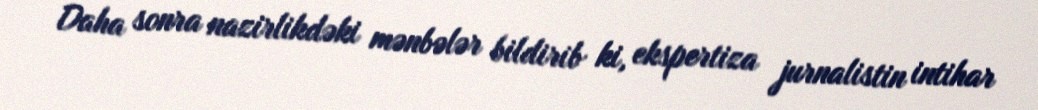
Daha sonra nazirlikdəki mənbələr bildirib ki, ekspertiza jurnalistin intihar